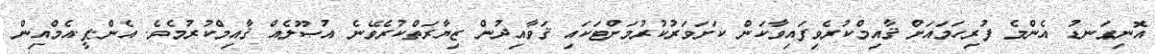
އޮނިގަނޑު އެންމެ ފުރިހަމައަށް ޤާއިމްކުރެވިފައިވާކަން ކަށަވަރުކުރުމަށްޓަކައި ޤަވާއިދުން ޒިޔާރަތްކުރެވޭނެ އުޞޫލެއް ޤާއިމްކުރުމެވެ. އެން.ޕީ.އެމްއިން